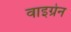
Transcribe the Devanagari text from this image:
वाइग्रेन